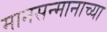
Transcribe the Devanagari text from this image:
मानसन्मानाच्या